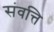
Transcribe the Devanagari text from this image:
संवत्ति